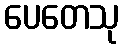
ပေတေသု